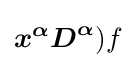
{\boldsymbol {x}}^{\boldsymbol {\alpha }}{\boldsymbol {D}}^{\boldsymbol {\alpha }})f